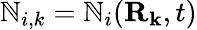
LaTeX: \mathbb{N}_{i,k}=\mathbb{N}_{i}(\mathbf{{\mathbf{{R}}_{k}}},t)